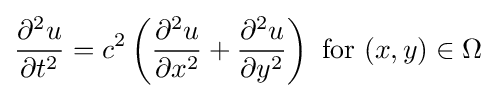
{\frac {\partial ^{2}u}{\partial t^{2}}}=c^{2}\left({\frac {\partial ^{2}u}{\partial x^{2}}}+{\frac {\partial ^{2}u}{\partial y^{2}}}\right){\text{ for }}(x,y)\in \Omega